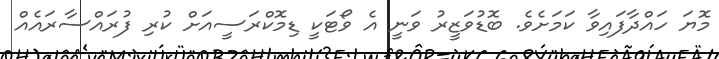
މޮޔަ ހައްދާފައިވާ ކަމަށެވެ. ބޮޑުވަޒީރު ވަނީ އެ ވޯޓަކީ ޑިމޮކްރަސީއަށް ކުރި ފުރައްސާރައެއް